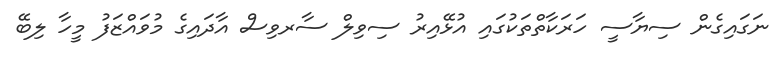
ނަގައިގެން ސިޔާސީ ހަރަކާތްތަކުގައި އުޅޭއިރު ސިވިލް ސާރވިސް އާދައިގެ މުވައްޒަފު މީހާ ލިބޭ